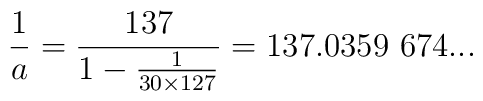
{1 \over a} = {137\over 1- {1 \over 30 \times 127}} =137.0359 \ 674...\nonumber